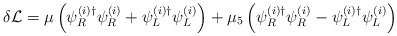
\begin{align*}\delta {\cal L} = \mu \left( \psi_R^{(i)\dagger} \psi_R^{(i)} +\psi_L^{(i)\dagger} \psi_L^{(i)}\right)+ \mu_5 \left( \psi_R^{(i)\dagger} \psi_R^{(i)} - \psi_L^{(i)\dagger} \psi_L^{(i)}\right)\end{align*}